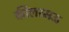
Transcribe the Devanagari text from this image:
कीलरमऊ